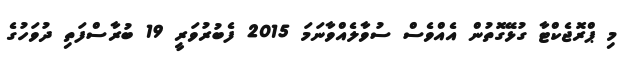
މި ޕްރޮޖެކްޓާ ގުޅޭގޮތުން އެއްވެސް ސުވާލެއްވާނަމަ 2015 ފެބުރުވަރީ 19 ބުރާސްފަތި ދުވަހުގެ